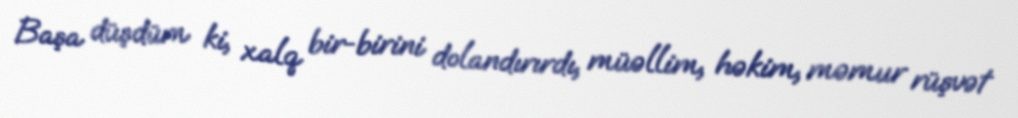
Başa düşdüm ki, xalq bir-birini dolandırırdı, müəllim, həkim, məmur rüşvət